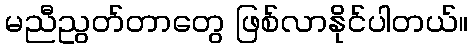
မညီညွတ်တာတွေ ဖြစ်လာနိုင်ပါတယ်။